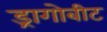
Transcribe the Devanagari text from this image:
ड्रागोबीट